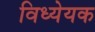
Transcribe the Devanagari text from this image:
विध्येयक